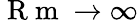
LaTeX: \mathrm{~R~m~}\rightarrow\infty